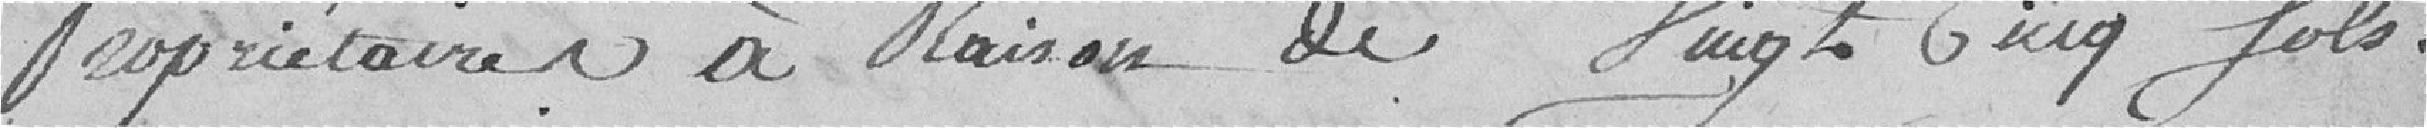
propriétaires à raison de vingt cinq sols